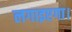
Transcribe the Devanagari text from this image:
लगाइएगा।